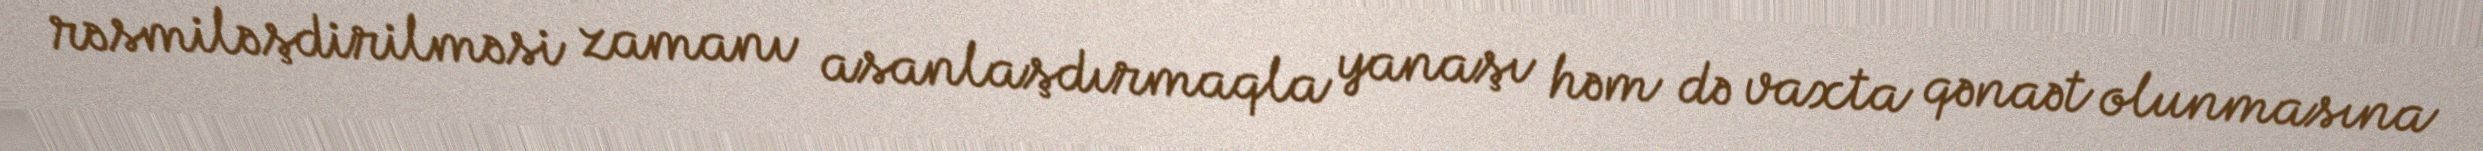
rəsmiləşdirilməsi zamanı asanlaşdırmaqla yanaşı həm də vaxta qənaət olunmasına